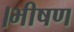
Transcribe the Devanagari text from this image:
।भीषण